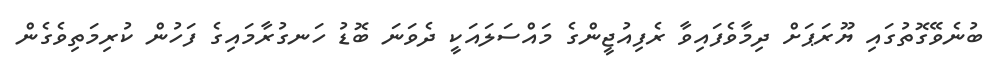
ބުނެވޭގޮތުގައި ޔޫރަޕަށް ދިމާވެފައިވާ ރެފިއުޖީންގެ މައްސަލައަކީ ދެވަނަ ބޮޑު ހަނގުރާމައިގެ ފަހުން ކުރިމަތިވެގެން